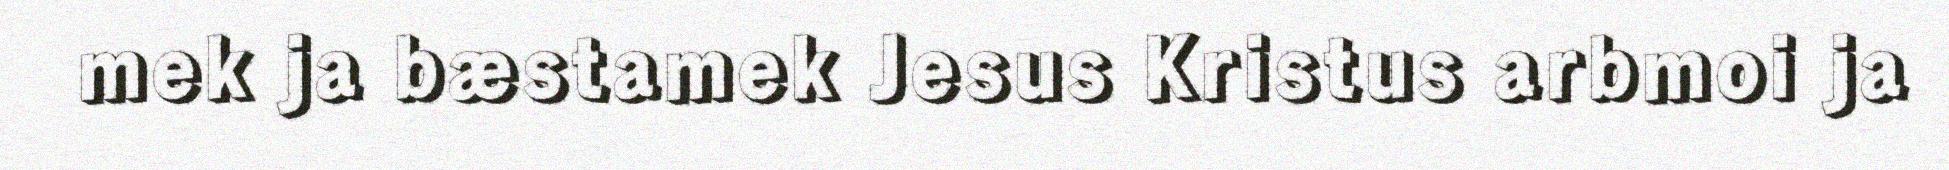
mek ja bæstamek Jesus Kristus arbmoi ja